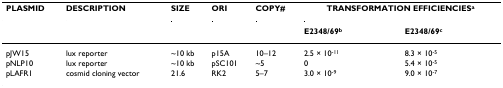
<table><thead><tr><td><b>PLASMID</b></td><td><b>DESCRIPTION</b></td><td><b>SIZE</b></td><td><b>ORI</b></td><td><b>COPY#</b></td><td colspan="2"><b>TRANSFORMATION EFFICIENCIES<sup>a</sup></b></td></tr><tr><td></td><td></td><td></td><td></td><td></td><td><b>E2348/69<sup>b</sup></b></td><td><b>E2348/69<sup>c</sup></b></td></tr></thead><tbody><tr><td>pJW15</td><td>lux reporter</td><td>~10 kb</td><td>p15A</td><td>10–12</td><td>2.5 × 10<sup>-11</sup></td><td>8.3 × 10<sup>-5</sup></td></tr><tr><td>pNLP10</td><td>lux reporter</td><td>~10 kb</td><td>pSC101</td><td>~5</td><td>0</td><td>5.4 × 10<sup>-5</sup></td></tr><tr><td>pLAFR1</td><td>cosmid cloning vector</td><td>21.6</td><td>RK2</td><td>5–7</td><td>3.0 × 10<sup>-9</sup></td><td>9.0 × 10<sup>-7</sup></td></tr></tbody></table>